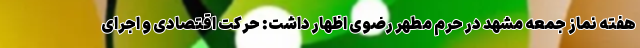
هفته نماز جمعه مشهد در حرم مطهر رضوی اظهار داشت: حرکت اقتصادی و اجرای